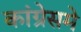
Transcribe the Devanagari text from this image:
कांग्रेसमे